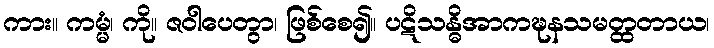
ကား။ ကမ္မံ၊ ကို။ ဇဝါပေတွာ၊ ဖြစ်စေ၍။ ပဋိသန္ဓိအာကဍ္ဎနသမတ္ထတာယ၊